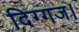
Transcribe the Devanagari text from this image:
दिग्गज।